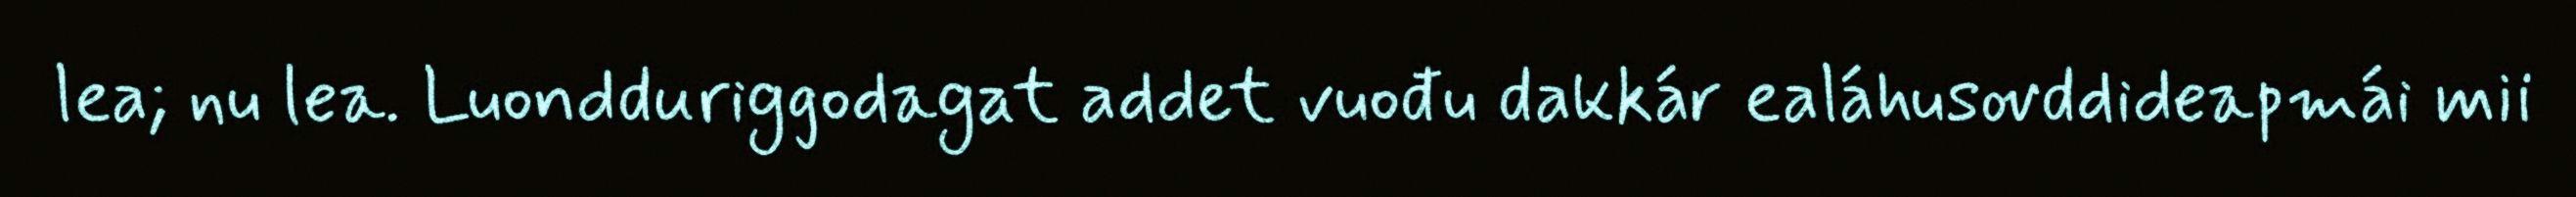
lea; nu lea. Luondduriggodagat addet vuođu dakkár ealáhusovddideapmái mii